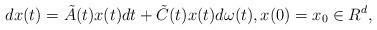
LaTeX: \begin{align*}dx(t) = \tilde{A}(t)x(t)dt + \tilde{C}(t)x(t)d\omega(t), x(0)=x_0\in R^d,\end{align*}